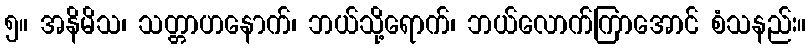
၅။ အနိမိသ၊ သတ္တာဟနောက်၊ ဘယ်သို့ရောက်၊ ဘယ်လောက်ကြာအောင် စံသနည်း။